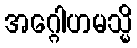
အဂ္ဂေါဟမသ္မိ